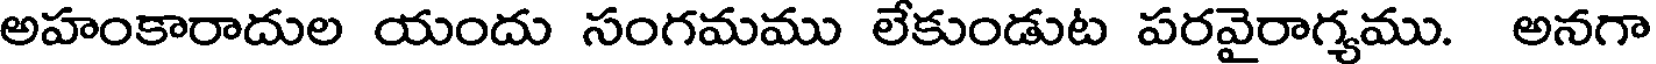
అహంకారాదుల యందు సంగమము లేకుండుట పరవైరాగ్యము. అనగా